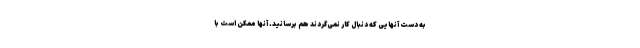
به دست آنهایی که دنبال کار نمی‌گردند هم برسانید. آنها ممکن است با